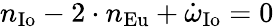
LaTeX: n_{\mathrm{{Io}}}-2\cdot n_{\mathrm{{Eu}}}+{\dot{\omega}}_{\mathrm{{Io}}}=0